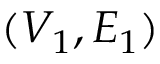
( V _ { 1 } , E _ { 1 } )